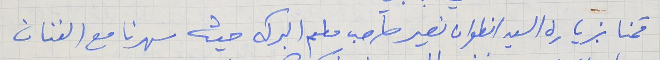
قمنا بزيارة السيد انطوان نصير صاحب مطعم البركه حيث سهرنا مع الفنان